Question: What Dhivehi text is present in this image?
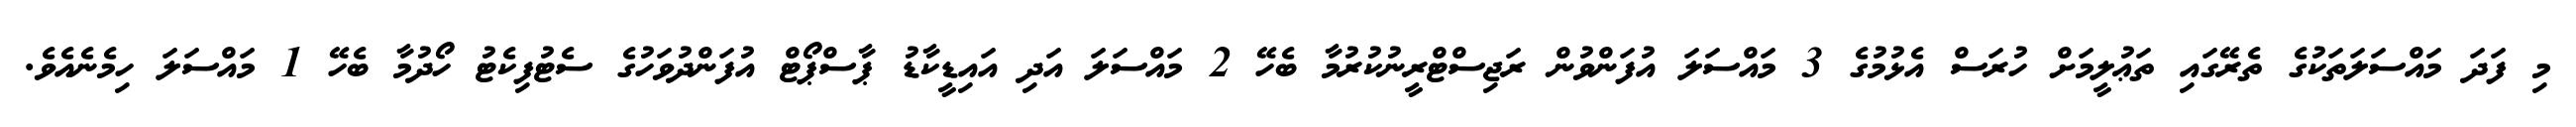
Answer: މި ފަދަ މައްސަލަތަކުގެ ތެރޭގައި ތަޢުލީމަށް ހުރަސް އެޅުމުގެ 3 މައްސަލަ އުފަންވުން ރަޖިސްޓްރީނުކުރުމާ ބެހޭ 2 މައްސަލަ އަދި އައިޑީކާޑު ޕާސްޕޯޓް އުފަންދުވަހުގެ ސެޓުފިކެޓު ހޯދުމާ ބެހޭ 1 މައްސަލަ ހިމެނެއެވެ.